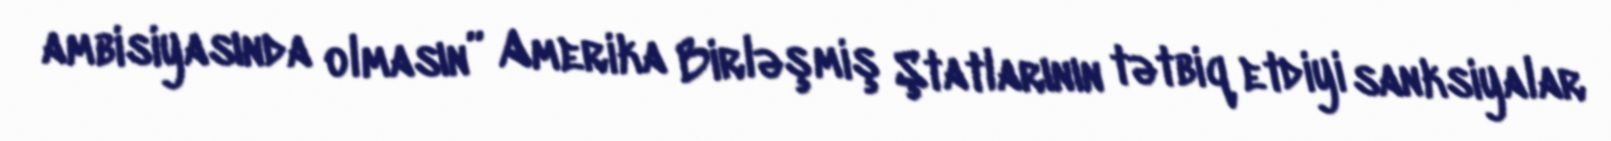
ambisiyasında olmasın” Amerika Birləşmiş Ştatlarının tətbiq etdiyi sanksiyalar